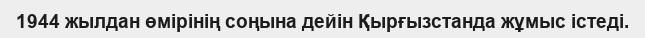
1944 жылдан өмірінің соңына дейін Қырғызстанда жұмыс істеді.